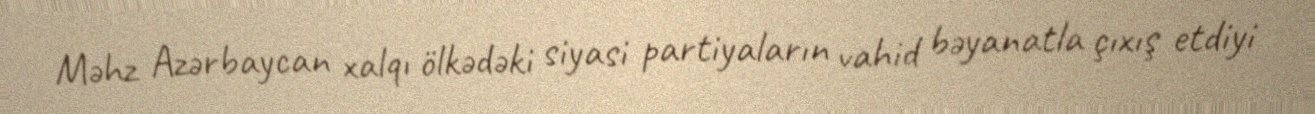
Məhz Azərbaycan xalqı ölkədəki siyasi partiyaların vahid bəyanatla çıxış etdiyi